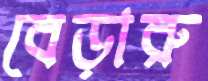
বেড়ারু